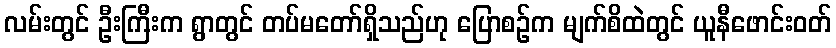
လမ်းတွင် ဦးကြီးက ရွာတွင် တပ်မတော်ရှိသည်ဟု ပြောစဉ်က မျက်စိထဲတွင် ယူနီဖောင်းဝတ်